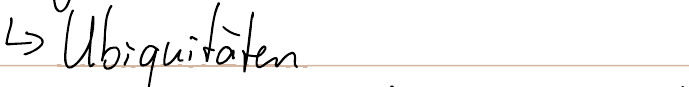
-> Ubiquitäten